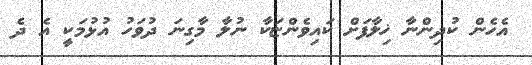
އެހެން ކުދިންނާ ޚިލާފަށް ކައިވެންޏަކާ ނުލާ މާގިނަ ދުވަހު އުޅުމަކީ އެ ދެ